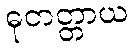
ဓုတတ္တာယ